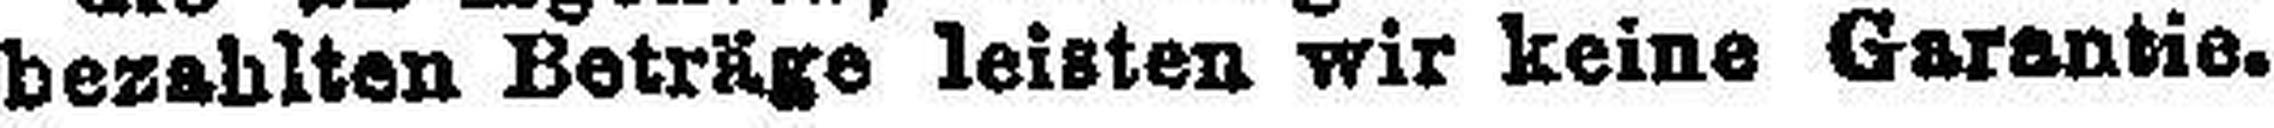
bezahlten Beträge leisten wir keine Garantie.